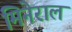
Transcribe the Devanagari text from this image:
मिनेराल